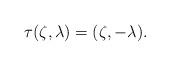
LaTeX: \begin{align*} \tau(\zeta,\lambda)=(\zeta,-\lambda).\end{align*}